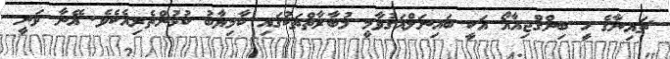
ޗައިނާގެ ހީ ބިންގްޖިއާއޯ އަކީ ބައިނަލްއަގުވާމީ މުބާރާތްތަކުގައި ކާމިޔާބު ކުޅުންތެރިއެކެވެ. އޭނާ ވަނީ